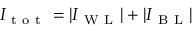
I _ { \mathrm { ~ t ~ o ~ t ~ } } = | I _ { \mathrm { ~ W ~ L ~ } } | + | I _ { \mathrm { ~ B ~ L ~ } } |